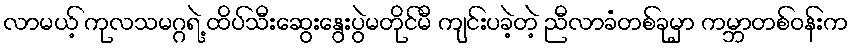
လာမယ့် ကုလသမဂ္ဂရဲ့ ထိပ်သီးဆွေးနွေးပွဲမတိုင်မီ ကျင်းပခဲ့တဲ့ ညီလာခံတစ်ခုမှာ ကမ္ဘာတစ်ဝန်းက